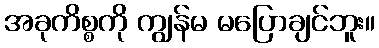
အခုကိစ္စကို ကျွန်မ မပြောချင်ဘူး။